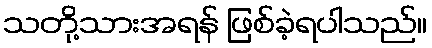
သတို့သားအရန် ဖြစ်ခဲ့ရပါသည်။